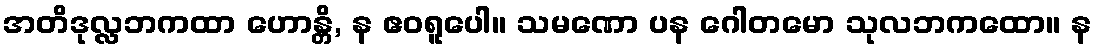
အတိဒုလ္လဘကထာ ဟောန္တိ, န ဧဝရူပေါ။ သမဏော ပန ဂေါတမော သုလဘကထော။ န